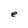
Character: e